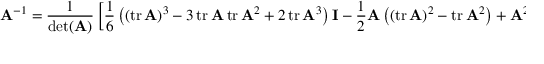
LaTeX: \mathbf { A } ^ { - 1 } = { \frac { 1 } { \operatorname* { d e t } ( \mathbf { A } ) } } \left[ { \frac { 1 } { 6 } } \left( ( \operatorname { t r } \mathbf { A } ) ^ { 3 } - 3 \operatorname { t r } \mathbf { A } \operatorname { t r } \mathbf { A } ^ { 2 } + 2 \operatorname { t r } \mathbf { A } ^ { 3 } \right) \mathbf { I } - { \frac { 1 } { 2 } } \mathbf { A } \left( ( \operatorname { t r } \mathbf { A } ) ^ { 2 } - \operatorname { t r } \mathbf { A } ^ { 2 } \right) + \mathbf { A } ^ { 2 } \operatorname { t r } \mathbf { A } - \mathbf { A } ^ { 3 } \right] .